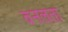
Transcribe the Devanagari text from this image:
वनलता